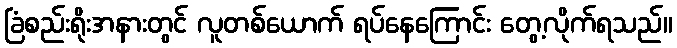
ခြံစည်းရိုးအနားတွင် လူတစ်ယောက် ရပ်နေကြောင်း တွေ့လိုက်ရသည်။